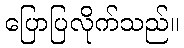
ပြောပြလိုက်သည်။